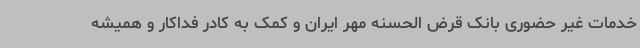
خدمات غیر حضوری بانک قرض الحسنه مهر ایران و کمک به کادر فداکار و همیشه